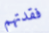
فقدتهم